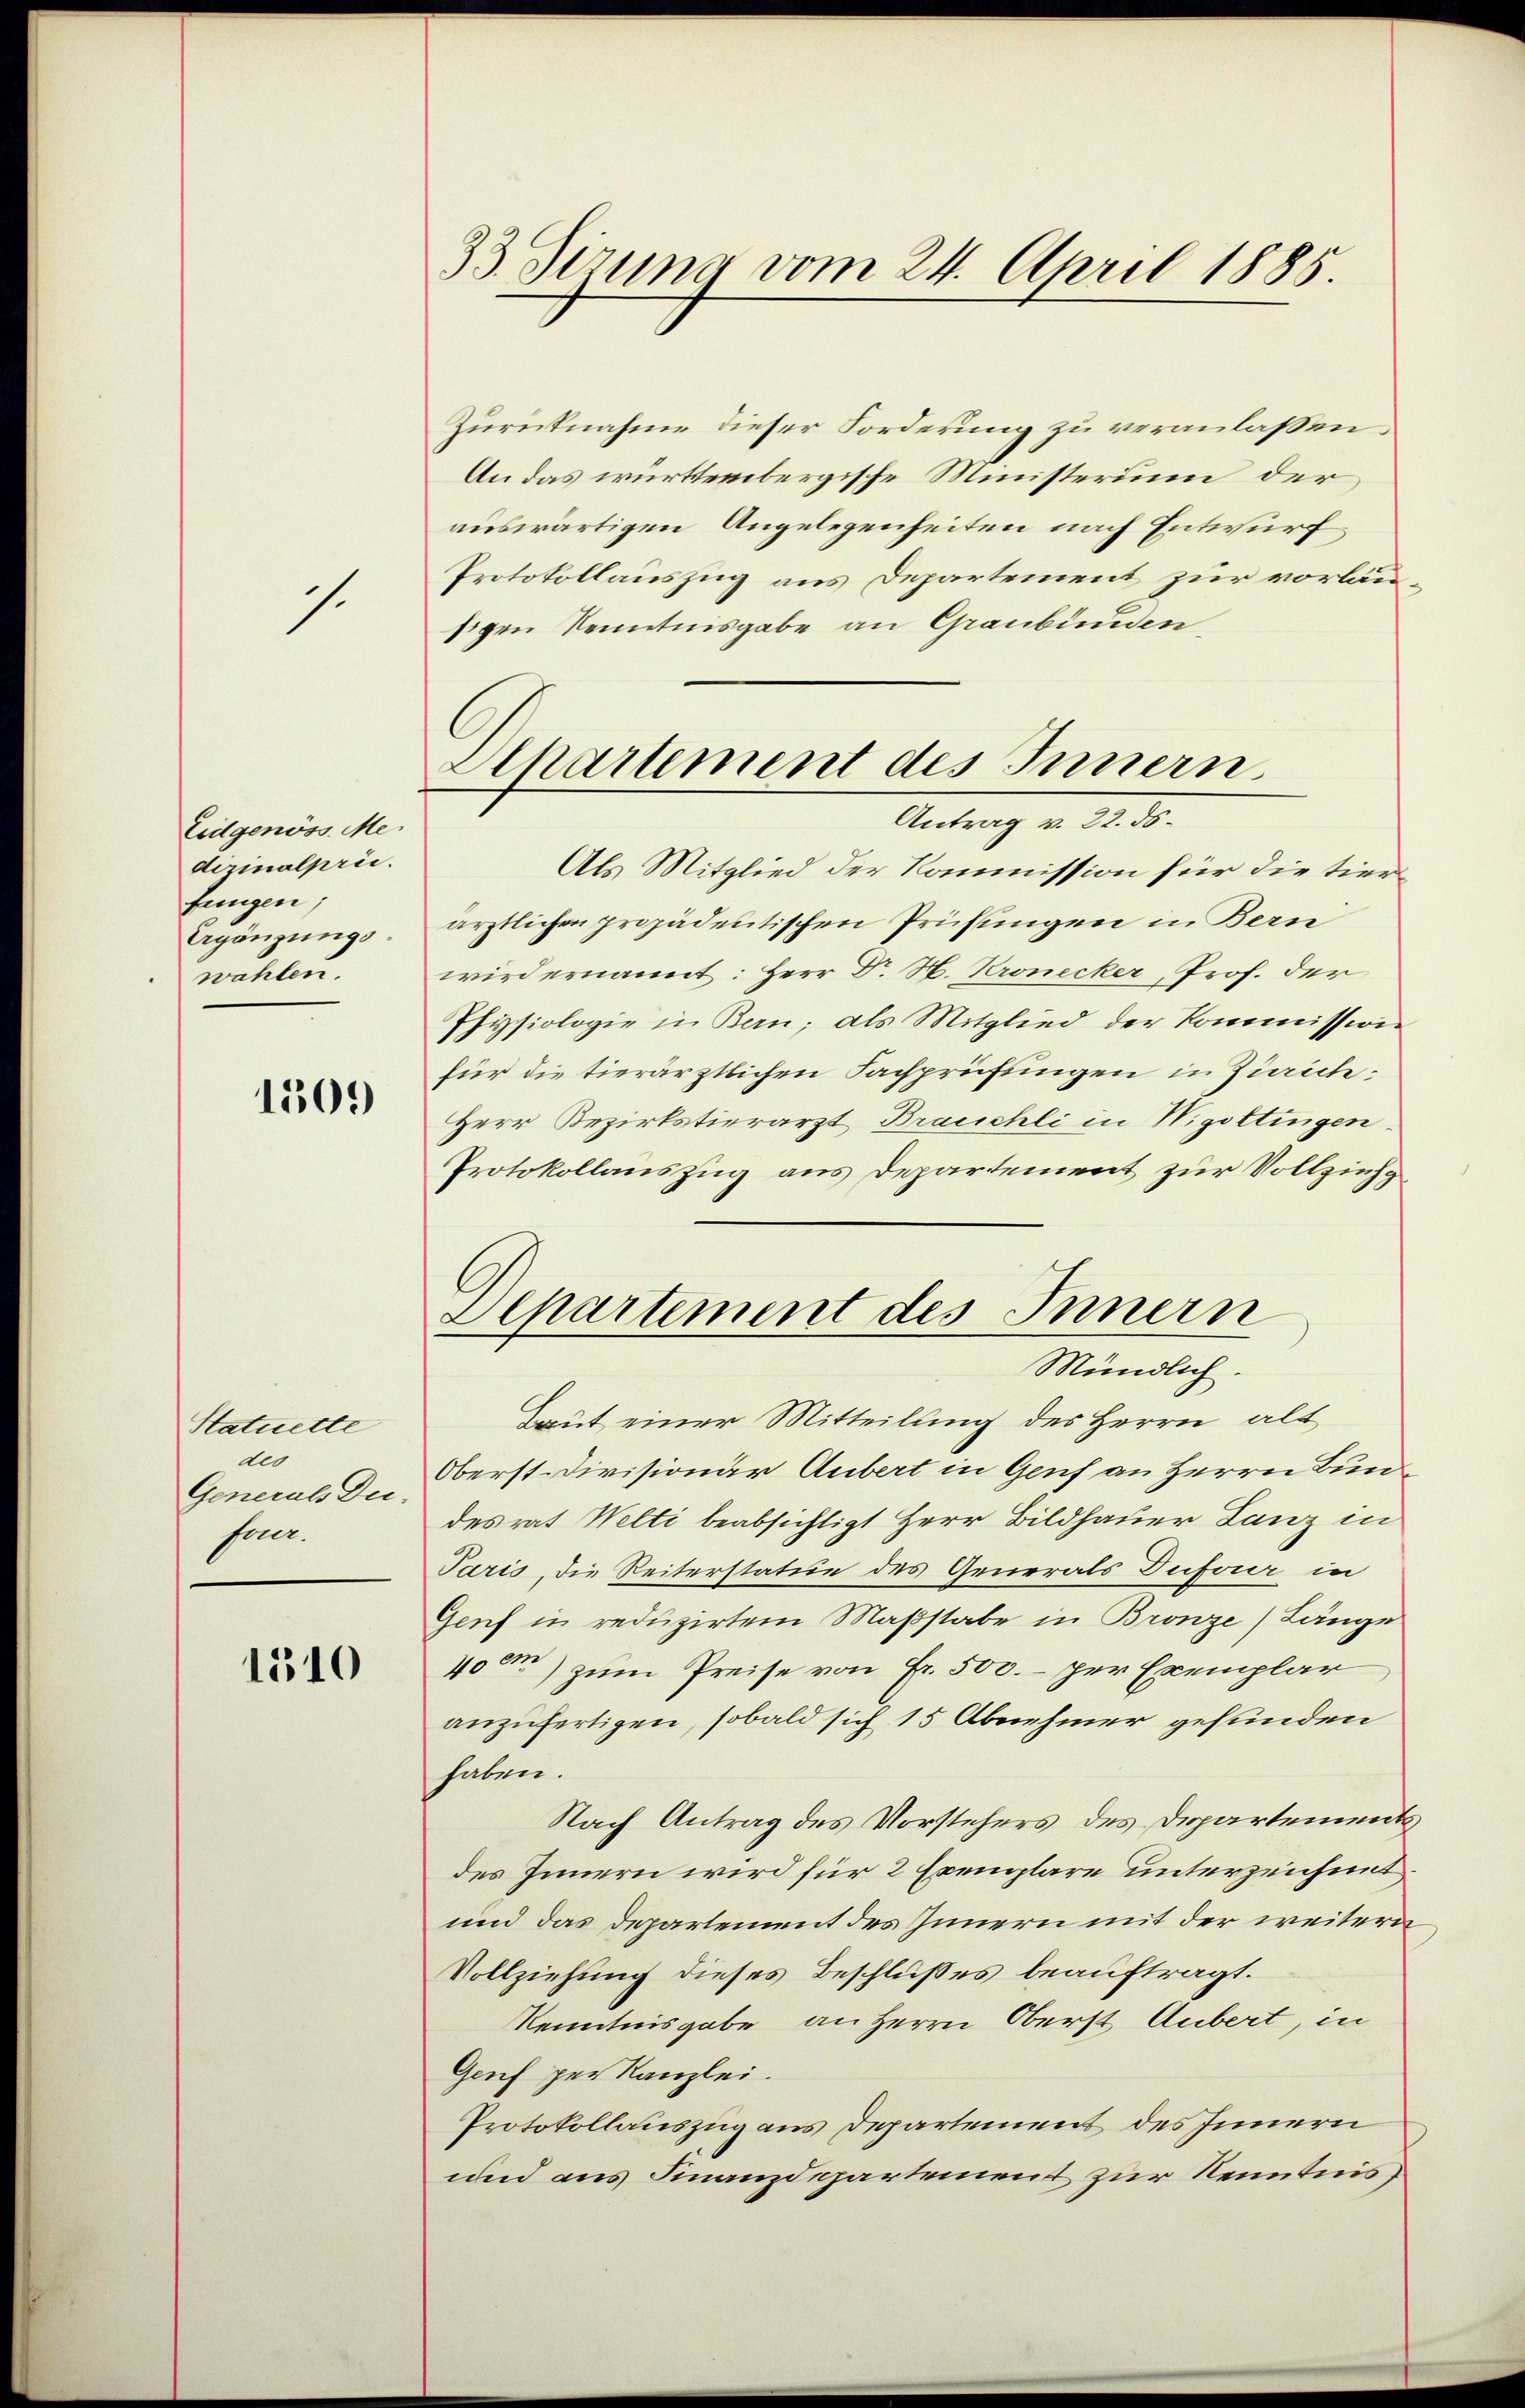
1.

Eidgenöss. Me
dizinalprii.
fungen;
Ergänzungswahlen.

1509

Statuette
de
Generals Desuer.

1310

33 Sirung vom 24. April 1885.

Zurücknahme dieser Forderung zu veranlassen
An das württembergische Ministerium der
auswärtigen Angelegenheiten nach Entwurf
Protokollauszug aus Departement zur vorläusigen Kenntnisgabe an Graubünden
Als Mitglied der Kommission für die tierärztlichen propädentischen Prüfungen in Bern
wird ernannt: Herr Dr. H. Kronecker, Prof. der
Physiologie in Bern; als Mitglied der Kommission
für die tierärztlichen Fachprüftingen in Zürich¬
Herr Bezirkstierarzt Brauchli in Wigoltingen
Protokollauszug aus Departement zur Vollzieh
Daut einer Mitteilung des Herrn alt
Oberst-Divisionär Anbert in Genf an Herrn Bundesrat Welti beabsichtigt Herr Bildhauer Lanz in
Paris, die Reiterstatue des Generals Dufour in
Genf in reduzirtem Maßstabe in Bronze) Länge
400m) zum Preise von Fr. 500.- per Exemplar
anzufertigen, sobald sich 15 Abnehmer gefunden
haben.
Nach Antrag des Vorstehers des Departement
des Innern wird für 2 Exemplare unterzeichnet.
und das Departement des Innern mit der weitern
Vollziehung dieses Beschlußes beauftragt.
Kenntnisgabe an Herrn Oberst Aubert, in
Genf per Kanzlei.
Protokollauszug aus Departement des Innern
und aus Finanzdepartement zur Kenntnis

Khartement des Innern
Antrag v. 22. ds.

Separtement des Innern
Mündlich.